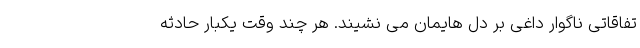
تفاقاتی ناگوار داغی بر دل هایمان می نشیند. هر چند وقت یکبار حادثه